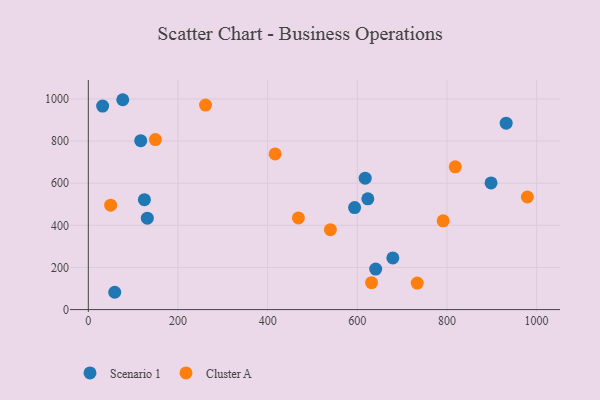
{"axis": {"x": "Price", "y": "Profit"}, "legend": ["Cluster A", "Scenario 1"], "data": [{"x": "932.1", "y": 885.0, "type": "Scenario 1"}, {"x": "679.3", "y": 245.1, "type": "Scenario 1"}, {"x": "31.9", "y": 966.0, "type": "Scenario 1"}, {"x": "594.0", "y": 484.2, "type": "Scenario 1"}, {"x": "76.8", "y": 996.2, "type": "Scenario 1"}, {"x": "641.0", "y": 192.1, "type": "Scenario 1"}, {"x": "623.5", "y": 525.7, "type": "Scenario 1"}, {"x": "617.6", "y": 623.7, "type": "Scenario 1"}, {"x": "125.1", "y": 521.8, "type": "Scenario 1"}, {"x": "131.6", "y": 433.9, "type": "Scenario 1"}, {"x": "898.4", "y": 601.4, "type": "Scenario 1"}, {"x": "116.9", "y": 801.6, "type": "Scenario 1"}, {"x": "58.9", "y": 82.2, "type": "Scenario 1"}, {"x": "540.0", "y": 379.5, "type": "Cluster A"}, {"x": "733.7", "y": 125.7, "type": "Cluster A"}, {"x": "49.8", "y": 495.8, "type": "Cluster A"}, {"x": "979.4", "y": 534.4, "type": "Cluster A"}, {"x": "149.6", "y": 807.2, "type": "Cluster A"}, {"x": "631.8", "y": 128.0, "type": "Cluster A"}, {"x": "791.5", "y": 421.5, "type": "Cluster A"}, {"x": "261.5", "y": 971.0, "type": "Cluster A"}, {"x": "818.5", "y": 677.7, "type": "Cluster A"}, {"x": "416.7", "y": 738.8, "type": "Cluster A"}, {"x": "468.6", "y": 435.0, "type": "Cluster A"}]}